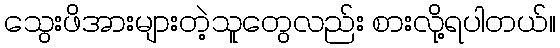
သွေးဖိအားများတဲ့သူတွေလည်း စားလို့ရပါတယ်။